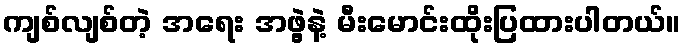
ကျစ်လျစ်တဲ့ အရေး အဖွဲ့နဲ့ မီးမောင်းထိုးပြထားပါတယ်။